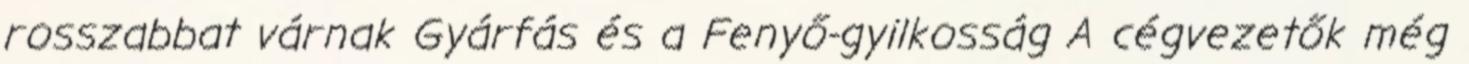
rosszabbat várnak Gyárfás és a Fenyő-gyilkosság A cégvezetők még